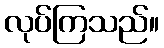
လုပ်ကြသည်။